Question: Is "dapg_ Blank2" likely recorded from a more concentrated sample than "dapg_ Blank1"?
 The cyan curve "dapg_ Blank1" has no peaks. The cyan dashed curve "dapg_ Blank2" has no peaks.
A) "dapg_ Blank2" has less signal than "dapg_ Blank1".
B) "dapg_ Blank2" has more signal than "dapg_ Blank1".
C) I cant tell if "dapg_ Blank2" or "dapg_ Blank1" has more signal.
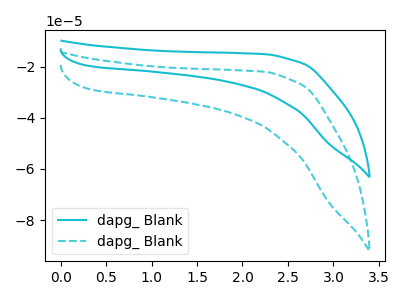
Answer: <think>Neither "dapg_ Blank2" or "dapg_ Blank1" have any peaks.
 </think>
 <answer>C) I cant tell if "dapg_ Blank2" or "dapg_ Blank1" has more signal.</answer>
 <eval>C</eval>